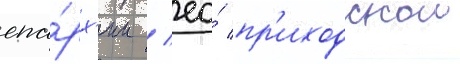
епа́рх'ии / ео́ пр'иходскои